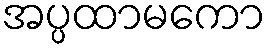
အပ္ပထာမကော